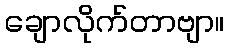
ချောလိုက်တာဗျာ။